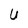
Character: U